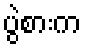
ပွဲစားက